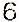
6